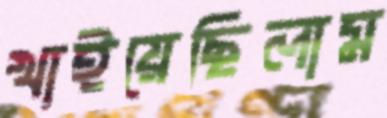
খাইয়েছিলাম